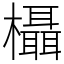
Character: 欇